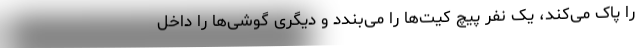
را پاک می‌کند، یک نفر پیچ کیت‌ها را می‌بندد و دیگری گوشی‌ها را داخل